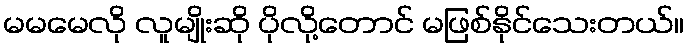
မမမေလို လူမျိုးဆို ပိုလို့တောင် မဖြစ်နိုင်သေးတယ်။